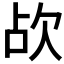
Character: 𣢤